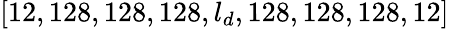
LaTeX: [12,128,128,128,l_{d},128,128,128,12]